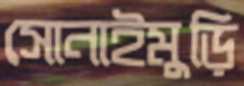
সোনাইমুড়ি